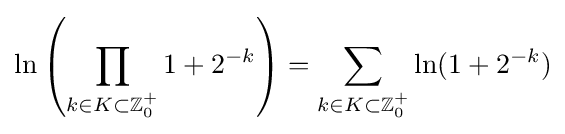
\ln \left(\prod _{k\in K\subset \mathbb {Z} _{0}^{+}}1+2^{-k}\right)=\sum _{k\in K\subset \mathbb {Z} _{0}^{+}}\ln(1+2^{-k})